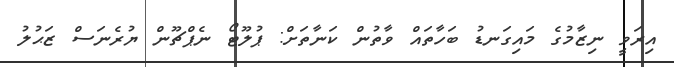
އިރަވީ ނިޒާމުގެ މައިގަނޑު ބަހާތައް ވާތުން ކަނާތަށް: ޕުލޫޓޯ ނެޕްޗޫން ޔުރެނަސް ޒަޙުލު